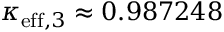
\kappa _ { \mathrm { e f f } , 3 } \approx 0 . 9 8 7 2 4 8